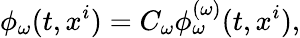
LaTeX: \phi_{\omega}(t,x^{i})=C_{\omega}\phi_{\omega}^{(\omega)}(t,x^{i}),